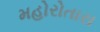
મહોરોતારા